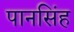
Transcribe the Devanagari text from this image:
पानसिंह